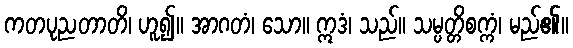
ကတပုညတာတိ၊ ဟူ၍။ အာဂတံ၊ သော။ ဣဒံ၊ သည်။ သမ္ပတ္တိစက္ကံ၊ မည်၏။